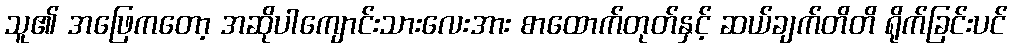
သူ၏ အဖြေကတော့ အဆိုပါကျောင်းသားလေးအား စာထောက်တုတ်နှင့် ဆယ်ချက်တိတိ ရိုက်ခြင်းပင်